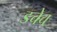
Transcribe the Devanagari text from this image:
डचेच